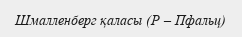
Шмалленберг қаласы (Р – Пфальц)